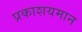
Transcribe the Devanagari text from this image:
प्रकाशयमान